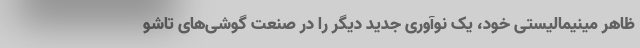
ظاهر مینیمالیستی خود، یک نوآوری جدید دیگر را در صنعت گوشی‌های تاشو